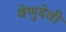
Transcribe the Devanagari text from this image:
वेणुदेवी